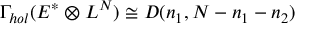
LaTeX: \Gamma _ { h o l } ( E ^ { * } \otimes L ^ { N } ) \cong D ( n _ { 1 } , N - n _ { 1 } - n _ { 2 } )